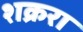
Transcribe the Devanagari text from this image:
शक्ररा